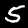
Digit: 5